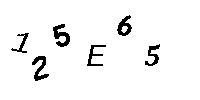
125E65